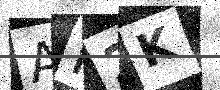
Text: AR2K